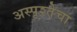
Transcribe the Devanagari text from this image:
अस्पृश्तेचा